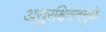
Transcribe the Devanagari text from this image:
असुरक्षिततेमुळे